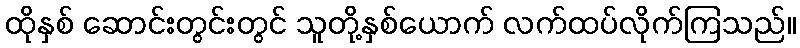
ထိုနှစ် ဆောင်းတွင်းတွင် သူတို့နှစ်ယောက် လက်ထပ်လိုက်ကြသည်။